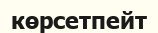
көрсетпейт